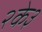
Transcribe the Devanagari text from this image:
२के३